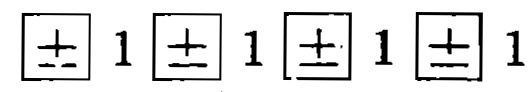
\(\boxed{\pm\atop\mp} 1 \boxed{\pm\atop\mp} 1 \boxed{\pm\atop\mp} 1 \boxed{\pm\atop\mp} 1\)